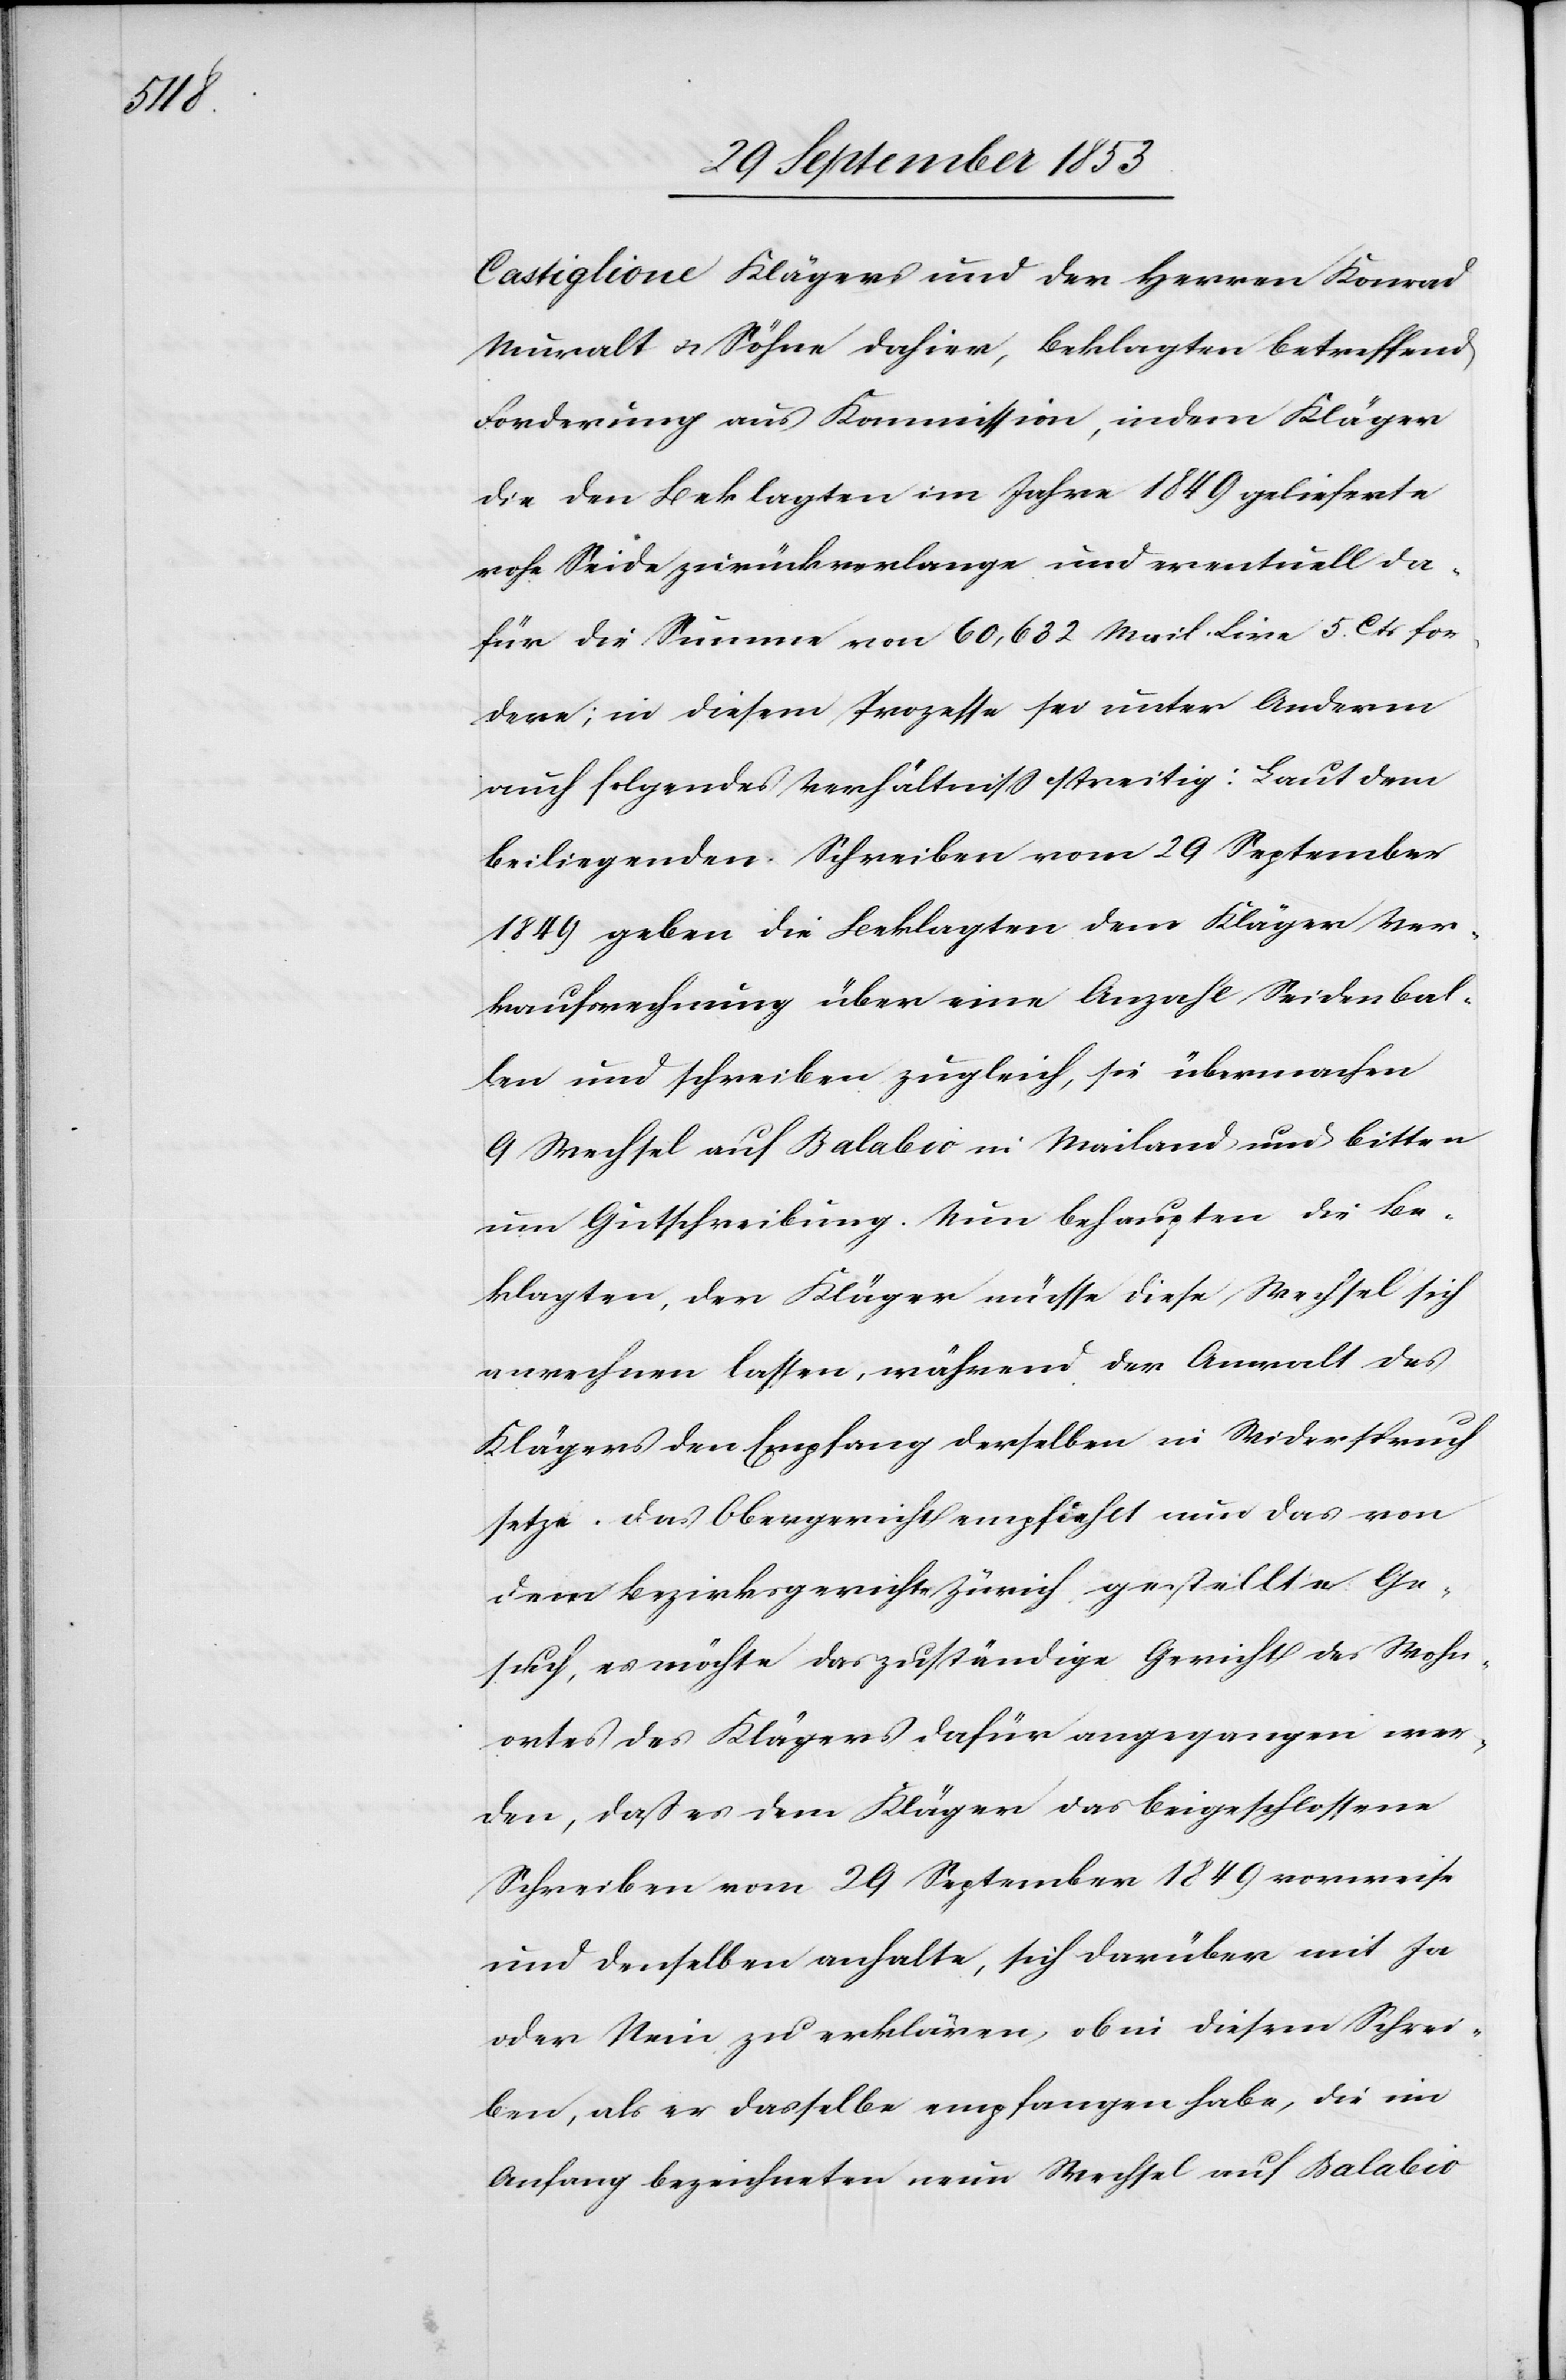
Castiglione Klägers und der Herrn Konrad
Muralt u. Söhne dahier, Beklagten betreffend
Forderung aus Kommission, indem Kläger
die den Beklagten im Jahre 1849 gelieferte
rohe Seide zurückverlange und eventuell da¬
für die Summe von 60,632 Mail. Lire 5 Cts for¬
dere; in diesem Prozesse sei unter Anderm
auch folgendes Verhältniß streitig: Laut dem
beiliegenden Schreiben vom 29 September
1849 geben die Beklagten dem Kläger Ver¬
kaufsrechnung über eine Anzahl Seidenbal¬
len und schreiben zugleich, sie übermachen
9 Wechtel auf Balabio in Mailand und bitten
um Gutschreibung. Nun behaupten die Be¬
klagten, der Kläger müsse diese Wechtel sich
verrechnen lassen, während der Anwalt des
Klägers den Empfang derselben in Widerspruch
setze. Das Obergericht empfiehlt nun das von
dem Bezirksgerichte Zürich gestellte Ge¬
such, es möchte das zuständige Gericht des Wohn¬
ortes des Klägers dafür angegangen wer¬
den, daß es dem Kläger das beigeschlossene
Schreiben vom 29 September 1849 vorweise
und denselben anhalte, sich darüber mit Ja
oder Nein zu erklären, ob in diesem Schrei¬
ben, als er dasselbe empfangen habe, die im
Anfang bezeichneten neun Wechtel auf Balabio